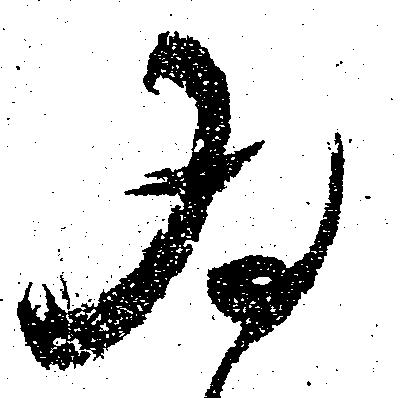
為